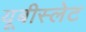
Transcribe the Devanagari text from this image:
यूबीस्लेट